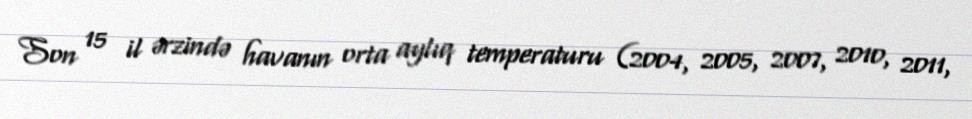
Son 15 il ərzində havanın orta aylıq temperaturu (2004, 2005, 2007, 2010, 2011,